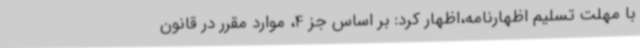
با مهلت تسلیم اظهارنامه،اظهار کرد: بر اساس جز 4، موارد مقرر در قانون